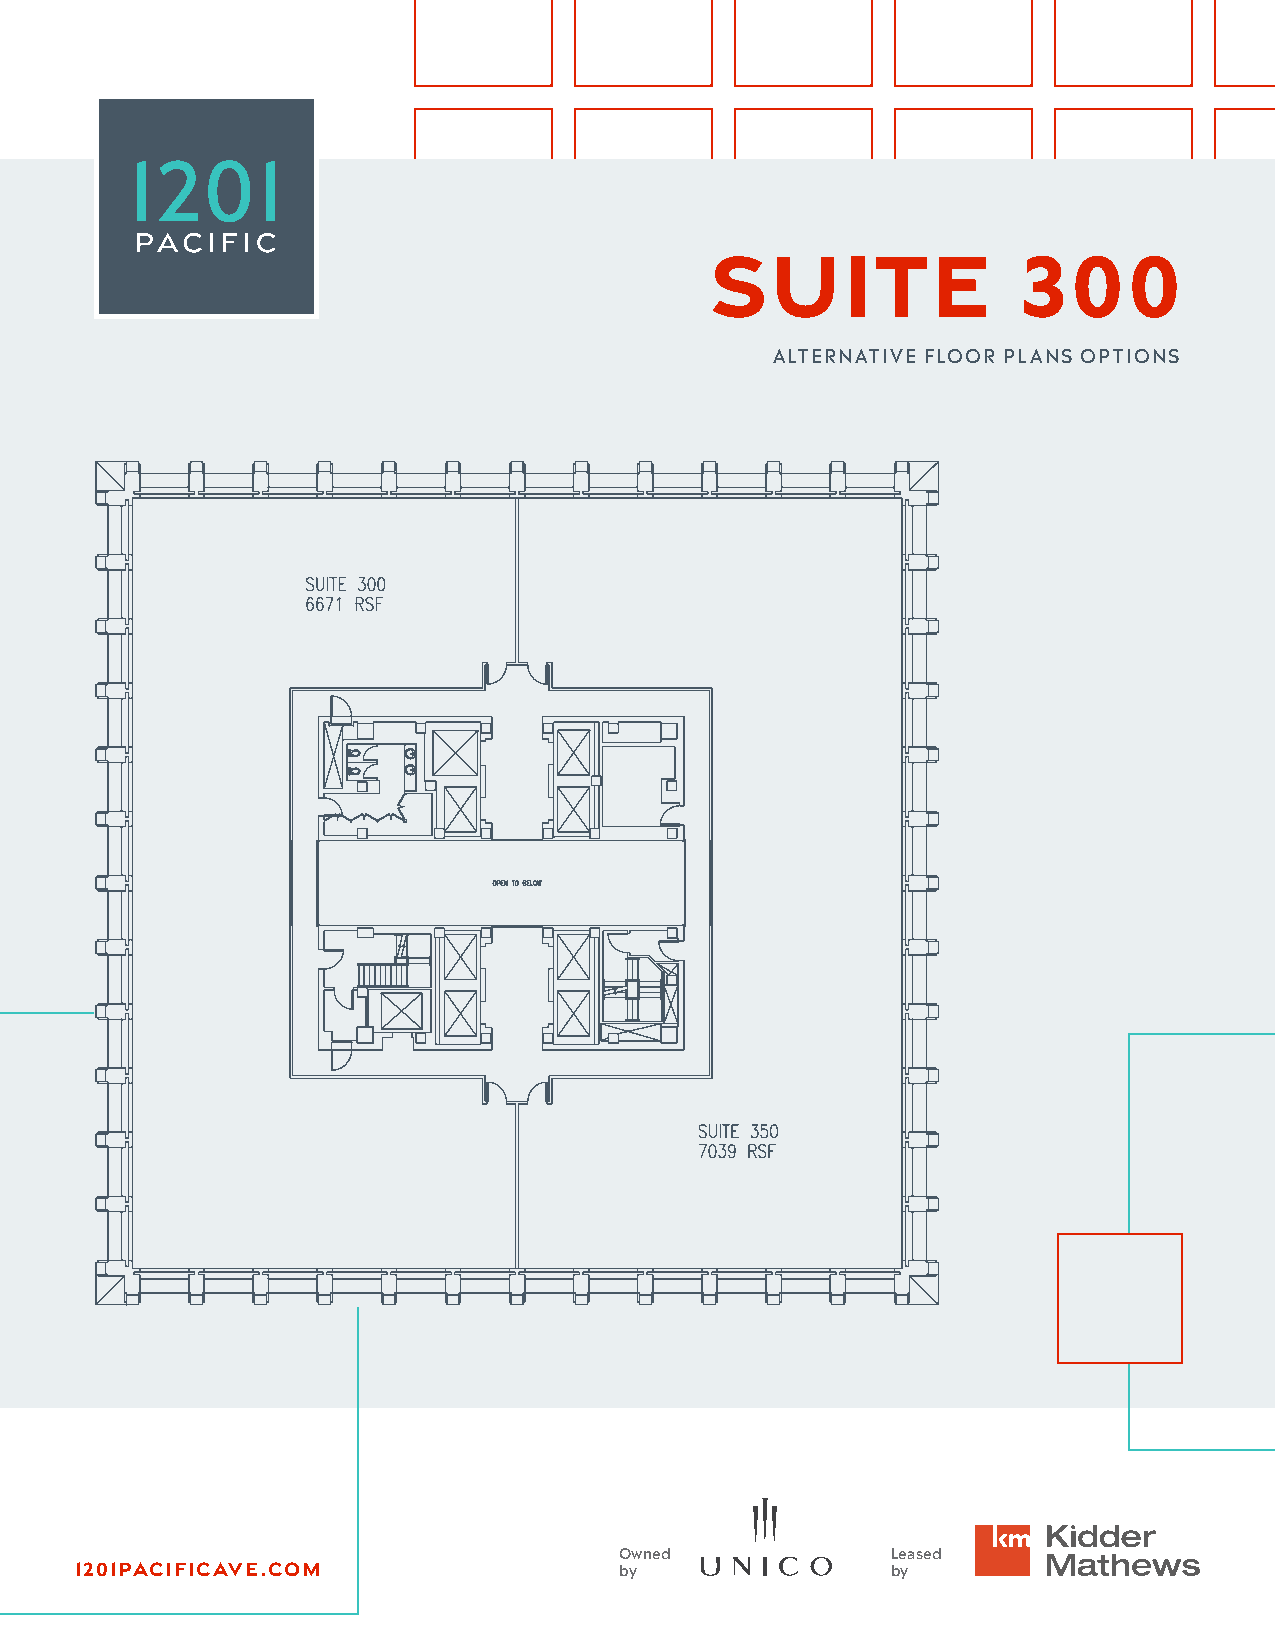
Suite                300
 ALTERNATIVE FLOOR PLANS OPTIONS
 Owned             Leased
 1201pacificave.com                  by                by